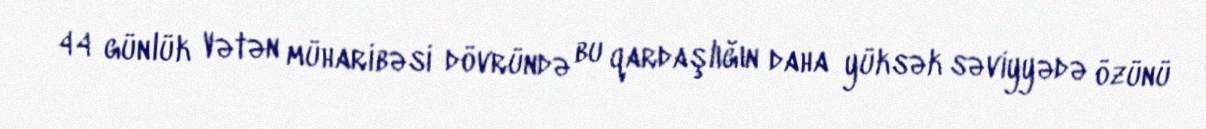
44 günlük Vətən müharibəsi dövründə bu qardaşlığın daha yüksək səviyyədə özünü